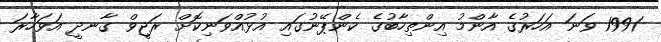
1991 ވަނަ އަހަރުގެ އާންމު އިންތިހާބުގެ ކެންޕޭނުގައި އުޅުއްވަނިކޮށް ރަޖީވް ގާނދީ އަވަހާރަ